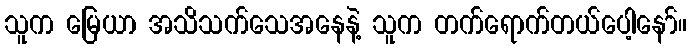
သူက မြေယာ အသိသက်သေအနေနဲ့ သူက တက်ရောက်တယ်ပေါ့နော်။